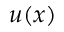
u ( x )